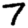
Digit: 7